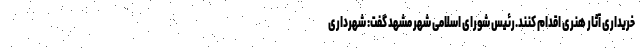
خریداری آثار هنری اقدام کنند.رئیس شورای اسلامی شهر مشهد گفت: شهرداری